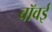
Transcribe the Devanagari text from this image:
बॉवई